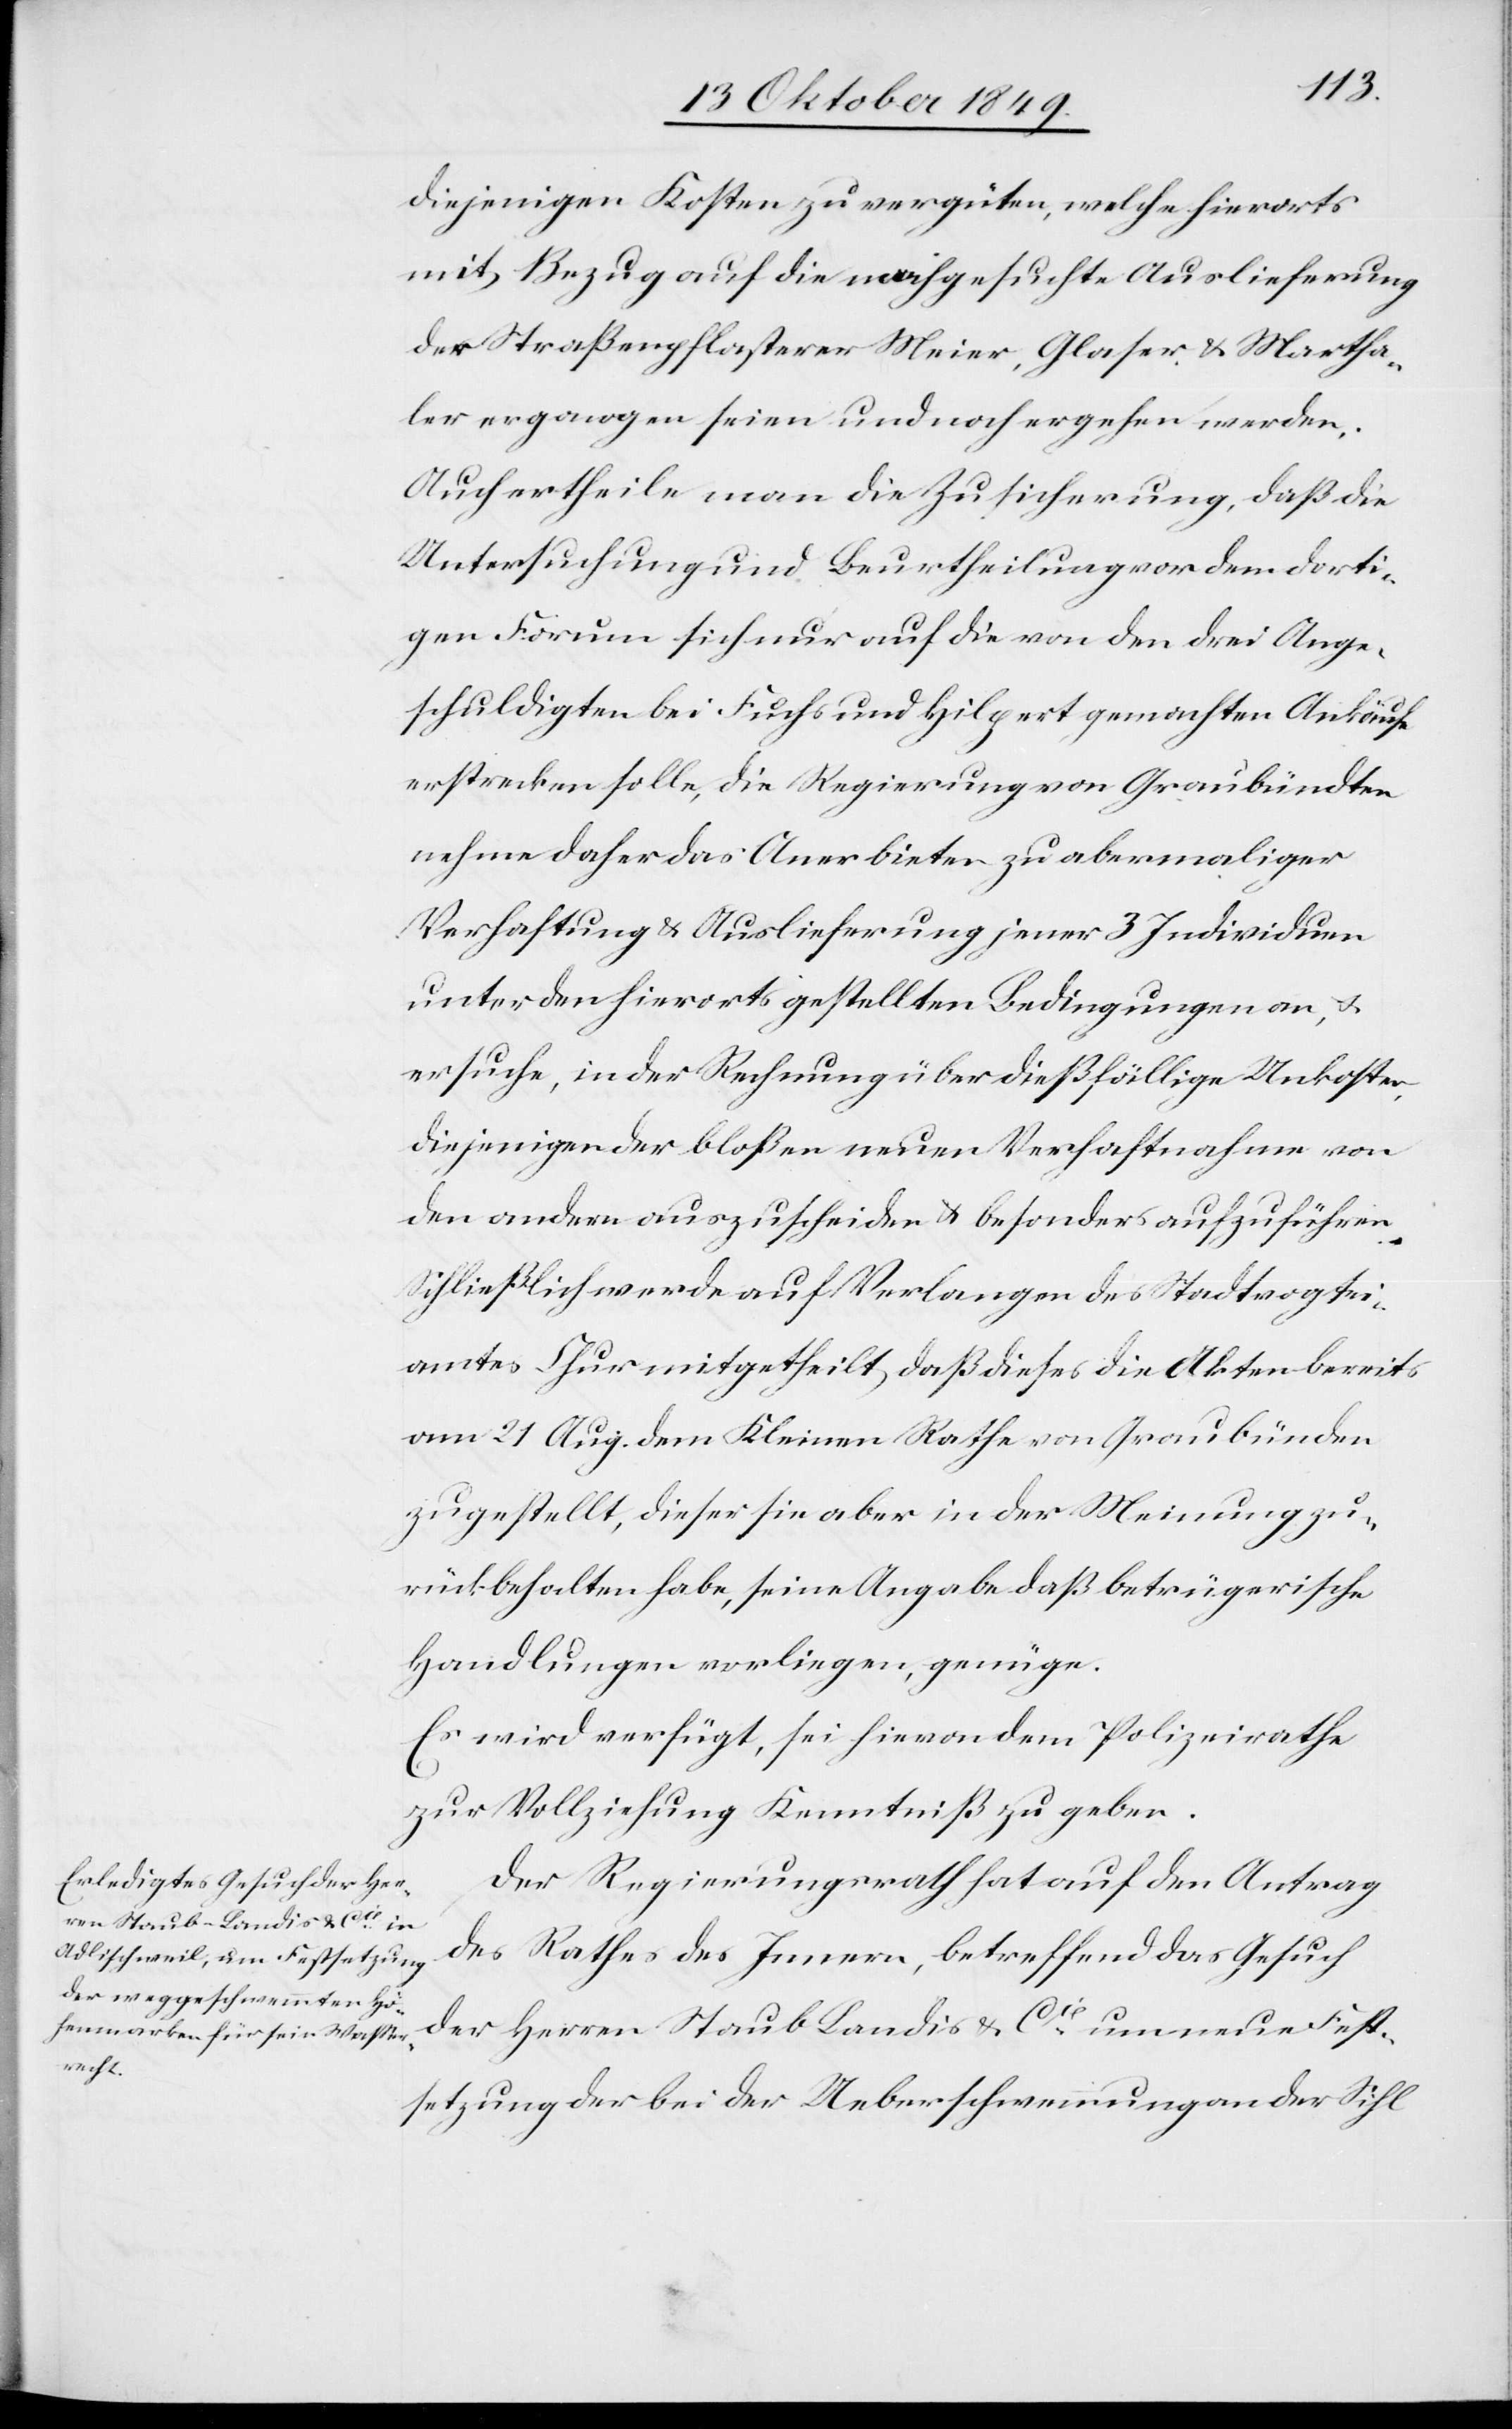
diejenigen Kosten zu vergüten, welche hierorts
mit Bezug auf die nachgesuchte Auslieferung
der Straßenpflasterer Meier, Glaser u. Martha¬
ler ergangen seien und noch ergehen werden.
Auch ertheile man die Zusicherung, daß die
Untersuchung und Beurtheilung von dem dorti¬
gen Forum sich nur auf die von den drei Ange¬
schuldigten bei Fuchs und Hilpert gemachten Ankäufe
erstrecken solle, die Regierung von Graubündten
nehme daher das Anerbieten zu abermaliger
Verhaftung u. Auslieferung jener 3 Individuen
unter den hierorts gestellten Bedingungen an, u.
ersuche, in der Rechnung über dießfällige Unkosten
diejenigen der bloßen neuen Verhaftungen von
den andern auszuscheiden u. besonders aufzuführen.
Schließlich werde auf Verlangen des Stadtvorgtei¬
amtes Chur mitgetheilt, daß dieses die Akten bereits
vom 21 Aug. dem Kleinen Rathe von Graubünden
zugestellt, dieser sie aber in der Meinung zu¬
rückbehalten habe, seine Angabe daß betrügerische
Handlungen vorliegen, genüge.
Es wird verfügt, sei hievon dem Polizeirathe
zur Vollziehung Kenntiß zu geben.
Der Regierungsrath hat auf den Antrag
des Rathes des Innern, betreffend das Gesuch
der Herrn Staub Landis u. Cie um neue Fest¬
setzung der bei der Ueberschwemmung an der Sihl